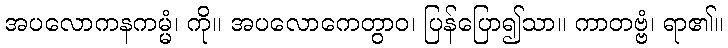
အပလောကနကမ္မံ၊ ကို။ အပလောကေတွာဝ၊ ပြန်ပြော၍သာ။ ကာတဗ္ဗံ၊ ရာ၏။